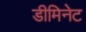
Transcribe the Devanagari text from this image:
डीमिनेट